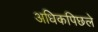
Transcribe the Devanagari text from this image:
अधिकपिछले